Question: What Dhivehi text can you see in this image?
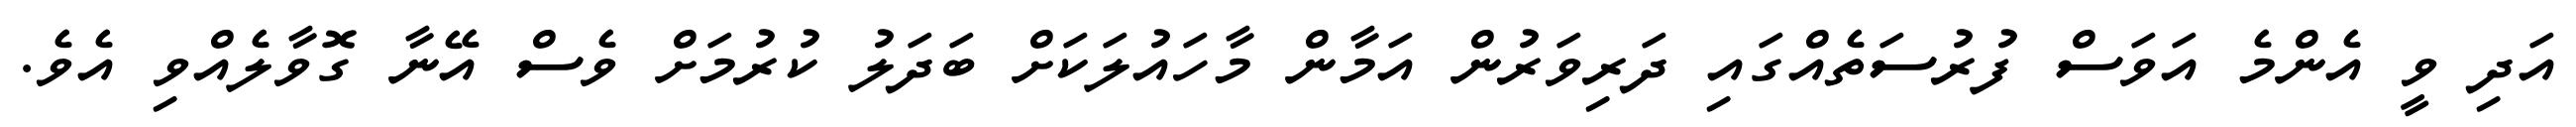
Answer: އަދި ވީ އެންމެ އަވަސް ފުރުސަތެއްގައި ދަރިވަރުން އަމާން މާހައުލަކަށް ބަދަލު ކުރުމަށް ވެސް އޭނާ ގޮވާލެއްވި އެވެ.